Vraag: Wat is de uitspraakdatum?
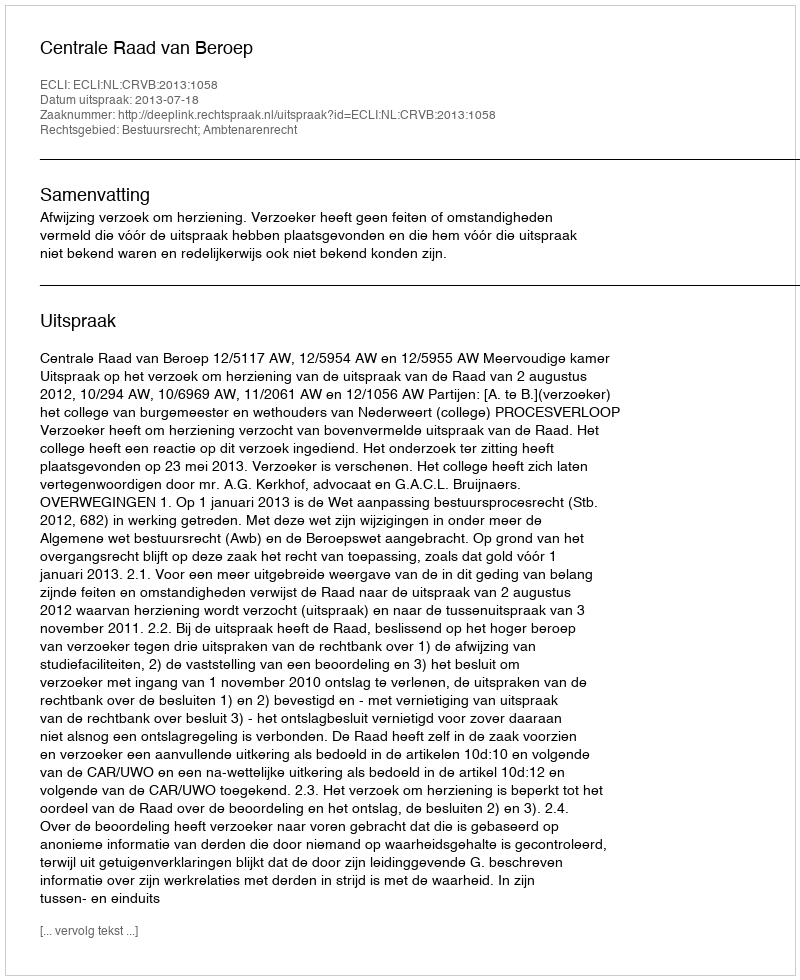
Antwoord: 2013-07-18